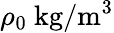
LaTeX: \rho_{0}~\mathrm{{kg/m^{3}}}